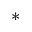
^ { \ast }